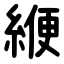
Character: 緶